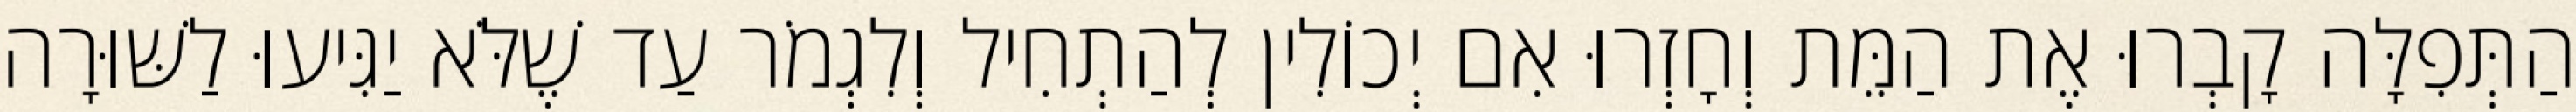
הַתְּפִלָּה קָבְרוּ אֶת הַמֵּת וְחָזְרוּ אִם יְכוֹלִין לְהַתְחִיל וְלִגְמֹר עַד שֶׁלֹּא יַגִּיעוּ לַשּׁוּרָה